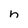
Character: n